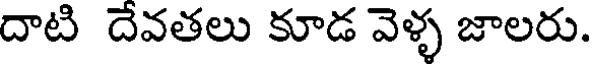
దాటి దేవతలు కూడ వెళ్ళ జాలరు.